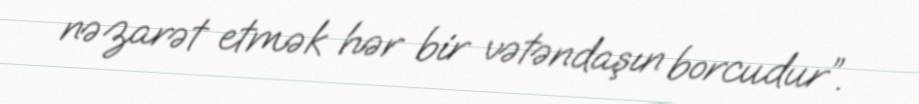
nəzarət etmək hər bir vətəndaşın borcudur”.